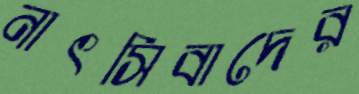
নাৎসিবাদের